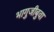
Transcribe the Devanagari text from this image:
भागुजीबुवा